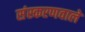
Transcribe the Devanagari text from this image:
संस्करणवाले